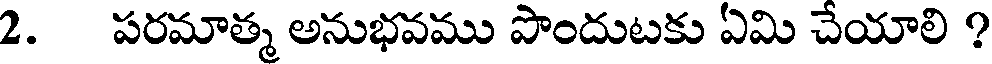
2. పరమాత్మ అనుభవము పొందుటకు ఏమి చేయాలి ?